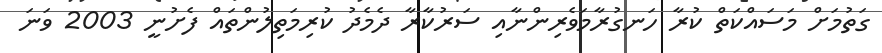
ގަތުމަށް މަސައްކަތް ކުރާ ހަނގުރާމަވެރިންނާއި ސަރުކާރާ ދެމެދު ކުރިމަތިލުންތައް ފެށުނީ 2003 ވަނަ